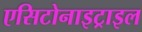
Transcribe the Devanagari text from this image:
एसिटोनाइट्राइल